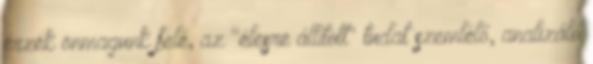
érzék önmagunk felé, az "élesre állított" tudat szemlélő, analizáló